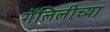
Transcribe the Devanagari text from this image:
गॅलिलीच्या